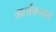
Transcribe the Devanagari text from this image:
वार्तांकनाचे